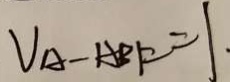
V _ { A } - A B F = 1 .